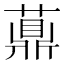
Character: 薡